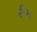
રીમ